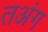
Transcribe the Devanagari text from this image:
तअंग